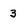
Character: 3